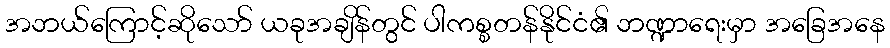
အဘယ်ကြောင့်ဆိုသော် ယခုအချိန်တွင် ပါကစ္စတန်နိုင်ငံ၏ ဘဏ္ဍာရေးမှာ အခြေအနေ